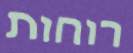
רוחות